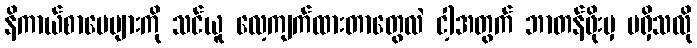
နိကာယ်စာပေများကို သင်ယူ လေ့ကျက်ထားတာတွေလဲ ငါ့အတွက် ဘာတန်ဖိုးမှ မရှိသလို